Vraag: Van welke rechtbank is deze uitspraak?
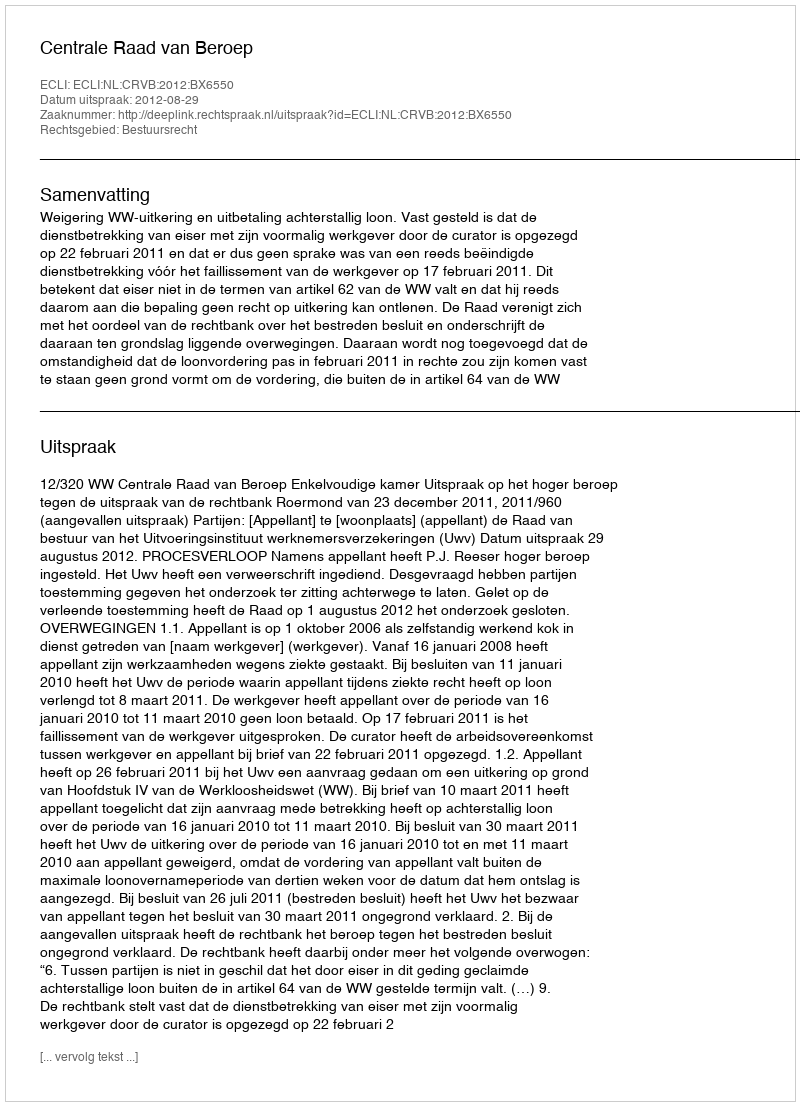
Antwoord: Centrale Raad van Beroep